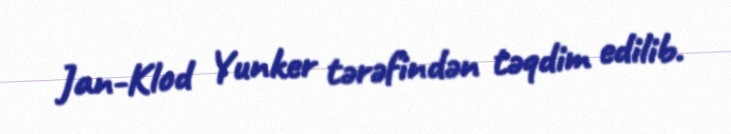
Jan-Klod Yunker tərəfindən təqdim edilib.